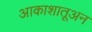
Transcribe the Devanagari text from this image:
आकाशातूअन